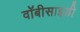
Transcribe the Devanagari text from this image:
वॉबीसाइडी